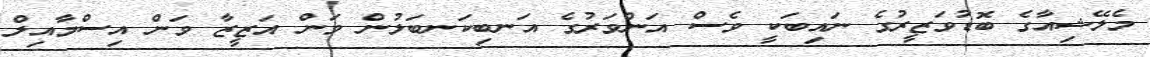
މެލޭޝިއާގެ ބޮޑުވަޒީރުގެ ނައިބަކީ ވެސް އަންވަރުގެ އަނބިކަނބަލުން ވަން އަޒީޒާ ވަން އިސްމާއިލް